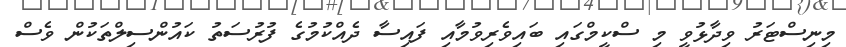
މިނިސްޓަރު ވިދާޅުވީ މި ސްކީމްގައި ބައިވެރިވުމާއި ފައިސާ ދެއްކުމުގެ ފުރުސަތު ކައުންސިލްތަކުން ވެސް